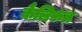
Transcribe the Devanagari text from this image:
कैलिफत